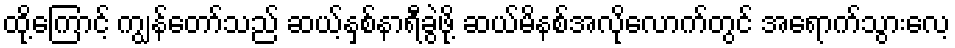
ထို့ကြောင့် ကျွန်တော်သည် ဆယ့်နှစ်နာရီခွဲဖို့ ဆယ်မိနစ်အလိုလောက်တွင် အရောက်သွားလေ့